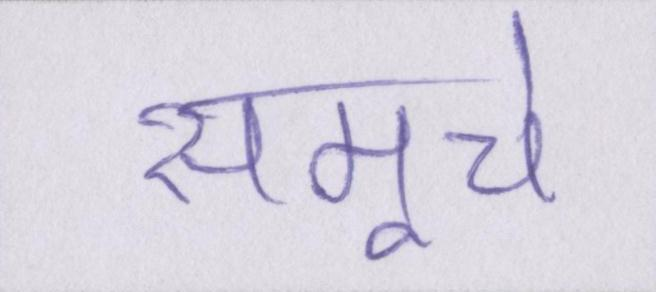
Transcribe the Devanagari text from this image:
समूचे